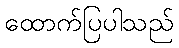
ထောက်ပြပါသည်